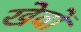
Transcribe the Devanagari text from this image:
खेवों